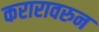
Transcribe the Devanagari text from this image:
करारावरुन